Tezpur Lunatic Asylum reports 1895-1904 - 1895-1904
Year: 1895
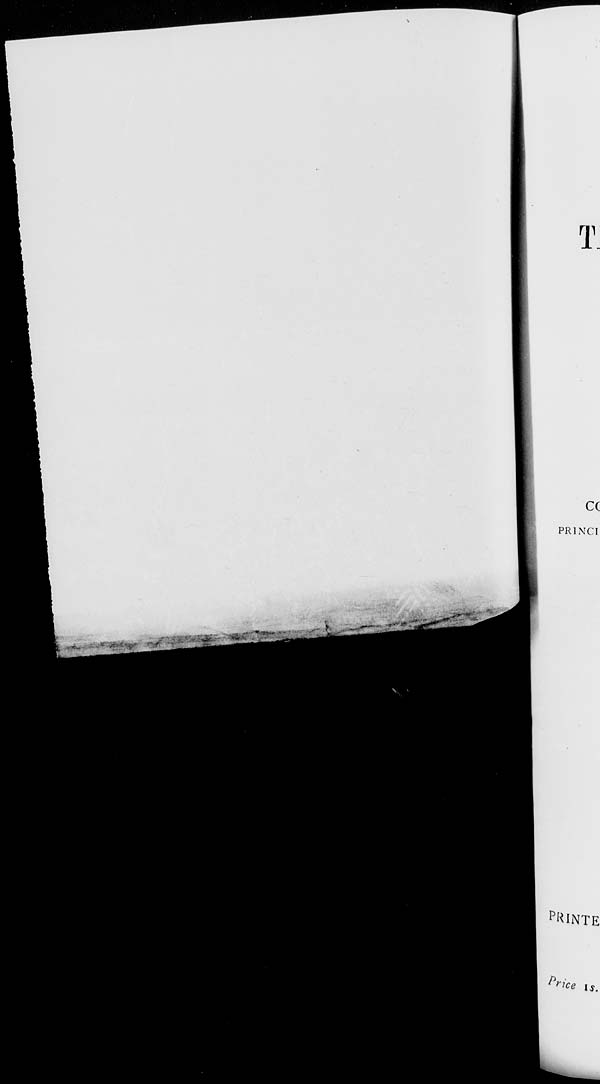
T
C(
PRI NCI
p HlNTE
Pr lc e is.